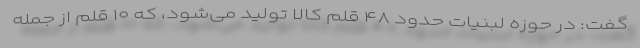
گفت: در حوزه لبنیات حدود ۴۸ قلم کالا تولید می‌شود، که ۱۰ قلم از جمله